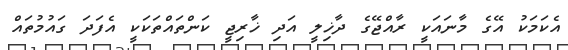
އެކަމަކު އޭގެ މާނައަކީ ރާއްޖޭގެ ދާޚިލީ އަދި ޚާރިޖީ ކަންތައްތަކަކީ އެފަދަ ގައުމުތައް